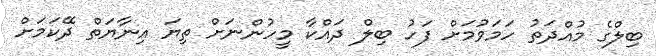
ބިލްގެ މުއްދަތު ހަމަވުމަށް ފަހު ބިލް ދައްކާ މީހުންނަށް ތިޔަ އިނާޔަތް ދޭކަމަށް